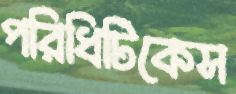
পরিধিটিকেস